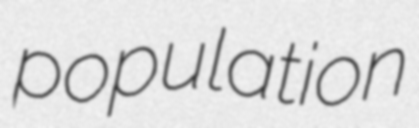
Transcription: population